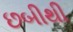
છબીથી